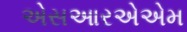
એસઆરએએમ